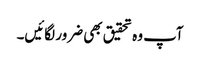
آپ وہ تحقیق بھی ضرور لگائیں۔